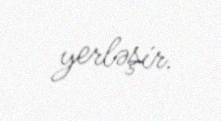
yerləşir.